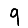
Digit: 9